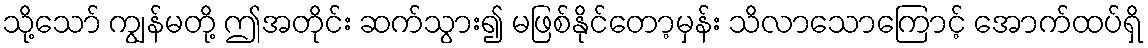
သို့သော် ကျွန်မတို့ ဤအတိုင်း ဆက်သွား၍ မဖြစ်နိုင်တော့မှန်း သိလာသောကြောင့် အောက်ထပ်ရှိ